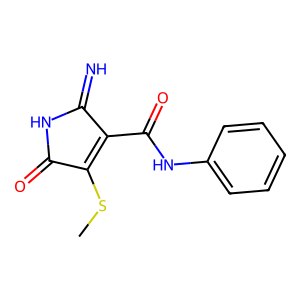
SMILES: CSC1=C(C(=O)Nc2ccccc2)C(=N)NC1=O
Inhibits HIV replication: No